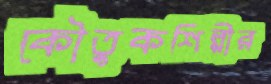
কৌতুকশিল্পীর